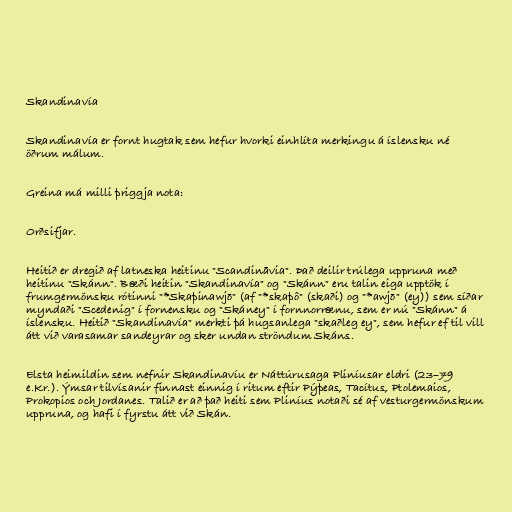
Skandinavía

Skandinavía er fornt hugtak sem hefur hvorki einhlíta merkingu á íslensku né
öðrum málum.

Greina má milli þriggja nota:

Orðsifjar.

Heitið er dregið af latneska heitinu "Scandināvia". Það deilir trúlega uppruna með
heitinu "Skánn". Bæði heitin "Skandinavía" og "Skánn" eru talin eiga upptök í
frumgermönsku rótinni "*Skaþinawjō" (af "*skaþô" (skaði) og "*awjō" (ey)) sem síðar
myndaði "Scedenig" í fornensku og "Skáney" í fornnorrænu, sem er nú "Skánn" á
íslensku. Heitið "Skandinavía" merkti þá hugsanlega "skaðleg ey", sem hefur ef til vill
átt við varasamar sandeyrar og sker undan ströndum Skáns.

Elsta heimildin sem nefnir Skandinavíu er Náttúrusaga Pliníusar eldri (23–79
e.Kr.). Ýmsar tilvísanir finnast einnig í ritum eftir Pýþeas, Tacítus, Ptolemaios,
Prokopios och Jordanes. Talið er að það heiti sem Pliníus notaði sé af vesturgermönskum
uppruna, og hafi í fyrstu átt við Skán.